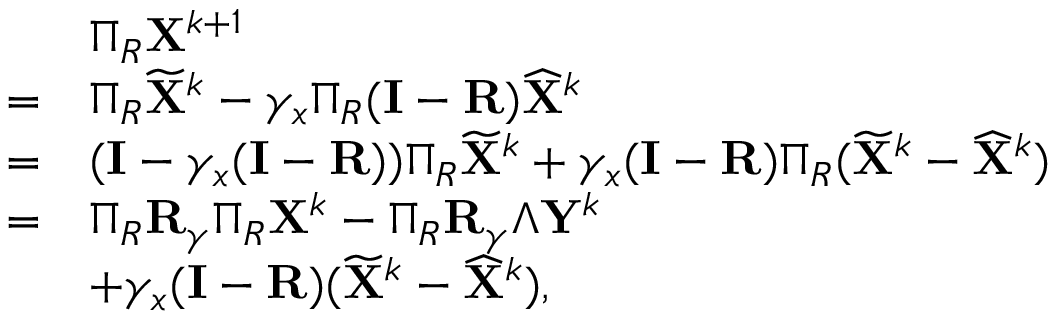
\begin{array} { r l } & { \Pi _ { R } { \mathbf { X } } ^ { k + 1 } } \\ { = } & { \Pi _ { R } \widetilde { { \mathbf { X } } } ^ { k } - \gamma _ { x } \Pi _ { R } ( { \mathbf { I } } - { \mathbf { R } } ) \widehat { { \mathbf { X } } } ^ { k } } \\ { = } & { ( { \mathbf { I } } - \gamma _ { x } ( { \mathbf { I } } - { \mathbf { R } } ) ) \Pi _ { R } \widetilde { { \mathbf { X } } } ^ { k } + \gamma _ { x } ( { \mathbf { I } } - { \mathbf { R } } ) \Pi _ { R } ( \widetilde { { \mathbf { X } } } ^ { k } - \widehat { { \mathbf { X } } } ^ { k } ) } \\ { = } & { \Pi _ { R } { \mathbf { R } } _ { \gamma } \Pi _ { R } { \mathbf { X } } ^ { k } - \Pi _ { R } { \mathbf { R } } _ { \gamma } \Lambda { \mathbf { Y } } ^ { k } } \\ & { + \gamma _ { x } ( { \mathbf { I } } - { \mathbf { R } } ) ( \widetilde { { \mathbf { X } } } ^ { k } - \widehat { { \mathbf { X } } } ^ { k } ) , } \end{array}